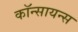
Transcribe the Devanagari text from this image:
कॉन्सायन्स